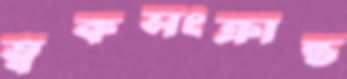
ত্বকসংক্রান্ত